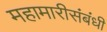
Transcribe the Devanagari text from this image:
महामारीसंबंधी